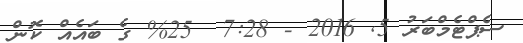
ސެޕްޓެމްބަރު 5